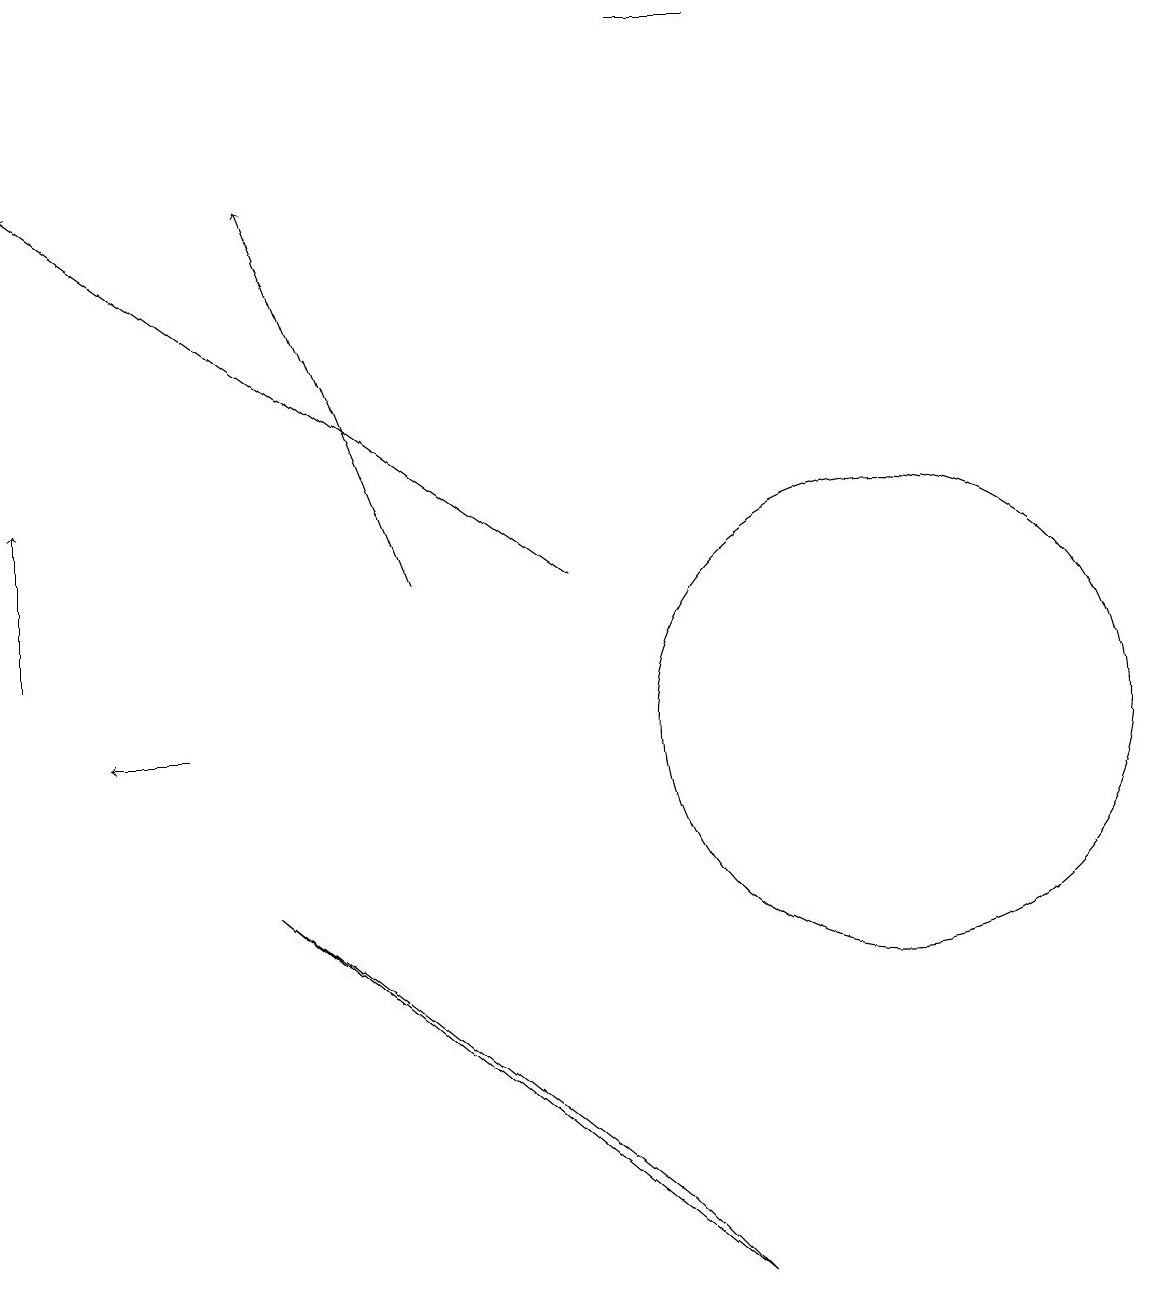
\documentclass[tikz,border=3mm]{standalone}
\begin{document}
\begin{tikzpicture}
\draw[->] (7,12) -- (0,17);
\draw (11,10) circle (3);
\draw (9,3) -- (3,8) -- (8,4) -- cycle;
\draw[->] (5,12) -- (3,17);
\draw[->] (2,10) -- (1,10);
\draw (9,19) rectangle (8,19);
\draw[->] (0,11) -- (0,13);
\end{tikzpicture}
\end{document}